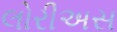
લોરીઅસ